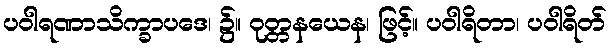
ပဝါရဏာသိက္ခာပဒေ၊ ၌။ ဝုတ္တနယေန၊ ဖြင့်။ ပဝါရိတာ၊ ပဝါရိတ်